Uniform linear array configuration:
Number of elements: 12
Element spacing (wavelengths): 0.5
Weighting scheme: blackman
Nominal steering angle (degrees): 45
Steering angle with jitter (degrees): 44.088
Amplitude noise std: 0.05
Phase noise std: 0.05

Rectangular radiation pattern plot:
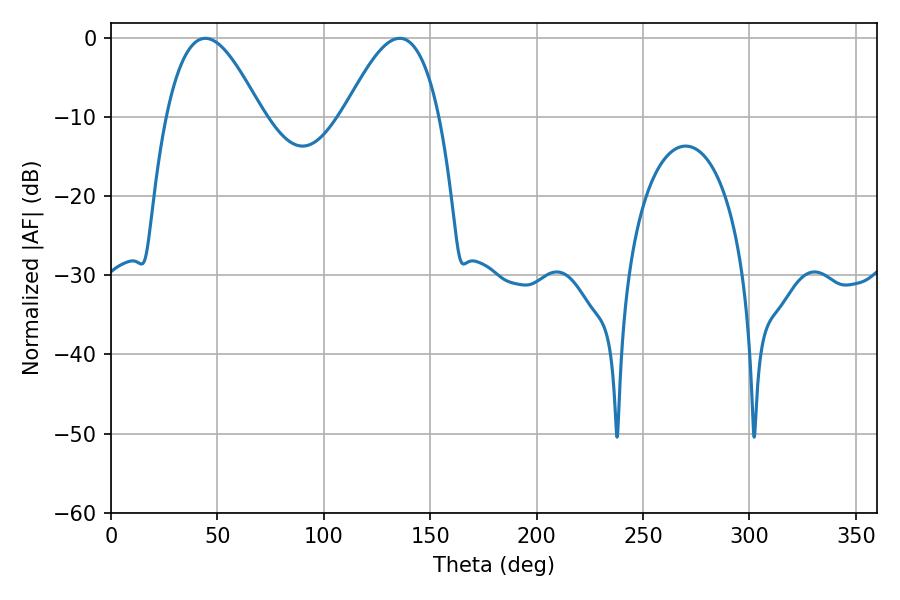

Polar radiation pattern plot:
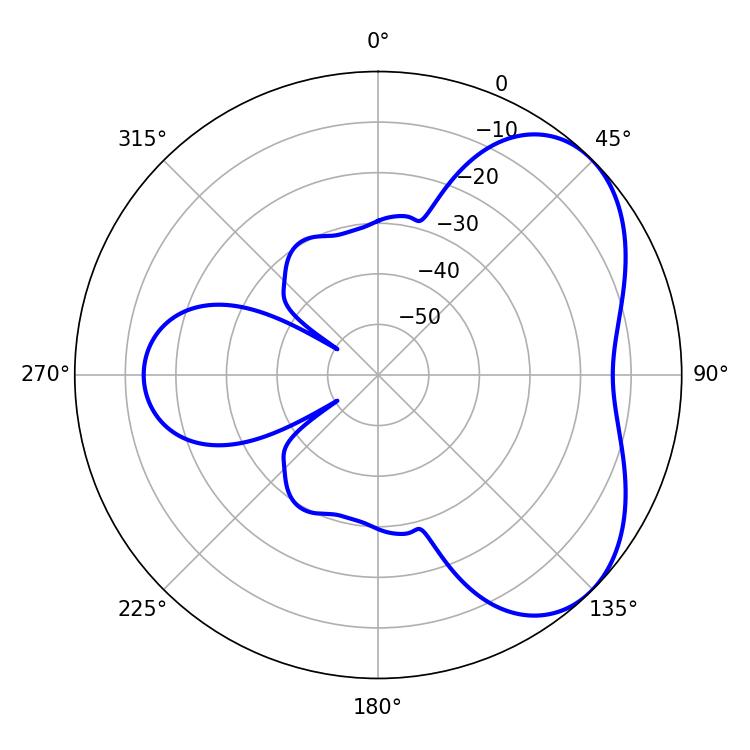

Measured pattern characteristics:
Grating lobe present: FALSE
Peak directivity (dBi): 4.77
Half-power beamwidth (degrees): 24.3
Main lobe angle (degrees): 44.28